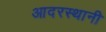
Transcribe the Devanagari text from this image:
आदरस्थानी